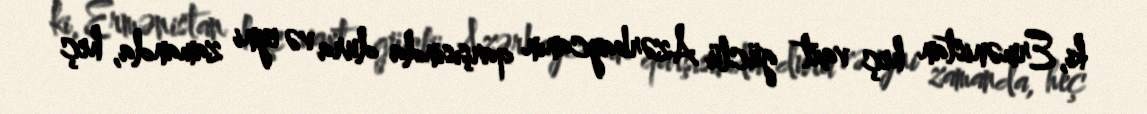
ki, Ermənistan heç vaxt güclü Azərbaycanın qarşısında dura və eyni zamanda, heç